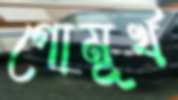
গোমূর্খ